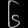
Digit: ၆